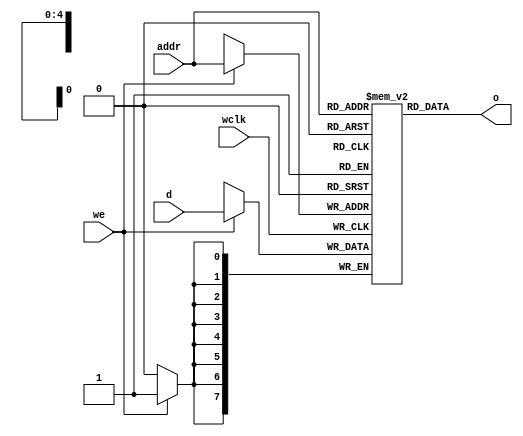
module ram_32x8s_infer (o, we, d, addr, wclk); 
parameter d_width = 8, addr_width = 5; 
output [d_width - 1:0] o; 
input we, wclk; 
input [d_width - 1:0] d; 
input [addr_width - 1:0] addr; 
reg [d_width - 1:0] mem [(1 << addr_width) - 1:0]; 
always @(posedge wclk) 
  if (we) 
    mem[addr] = d; 
assign o = mem[addr]; 
endmodule